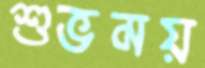
শুভময়